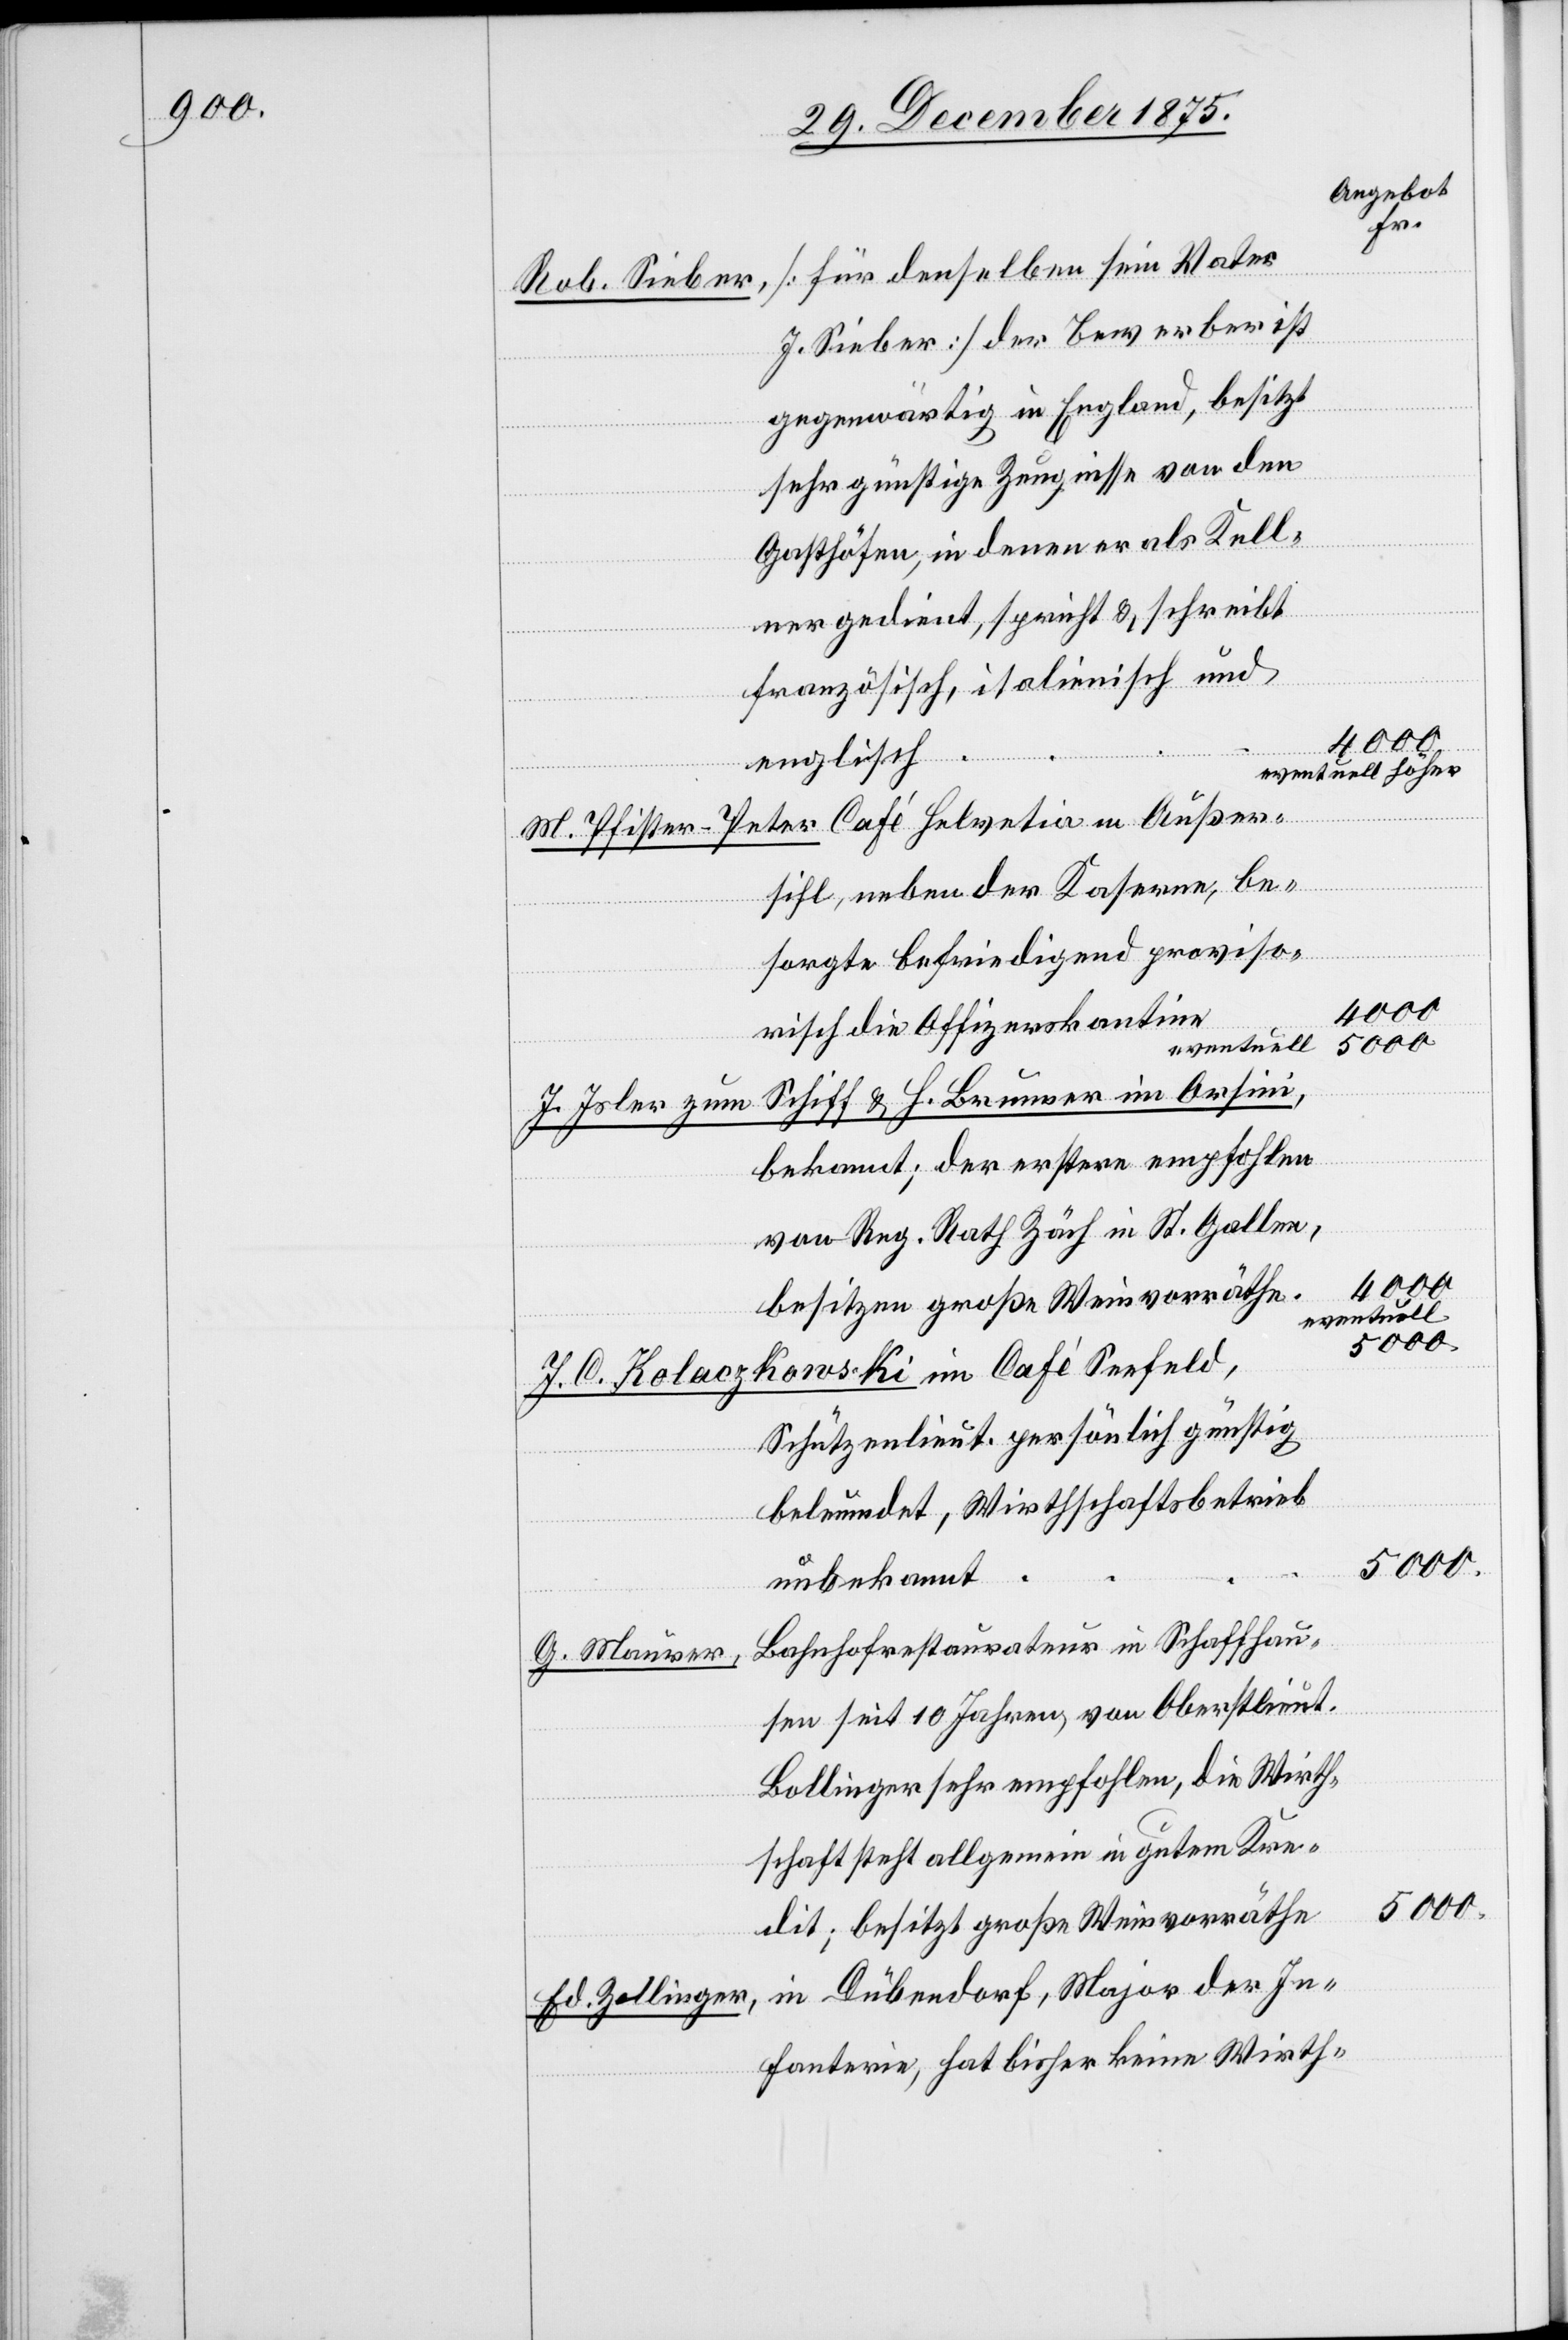
Angebot
Fr.
Helvetia
[für denselben sein Vater
Rob. Sieber
J. Sieber] der Bewerber ist
gegenwärtig in England, besitzt
sehr günstige Zeugnisse von den
Gasthöfen, in denen er als Kell¬
ner gedient, spricht & schreibt
französisch, italienisch und
englisch
eventuell höher.
M. Pfister-P¬
kowski
sihl, neben der Kaserne, be¬
sorgte Befriedigend [sic!] proviso¬
4000.
risch die Offizierskantine
5000.
J. Isler zum Schiff & H. Brunner im Orsini,
bekannt; der erstere empfohlen
von Reg. Rath Zäch in St. Gallen,
besitzen große Weinvorräthe.
eventuell
5000.
J. C. Kolacz¬
Schützenlieut. persönlich günstig
beleumdet, Wirtschaftsbetrieb
unbekannt
Bahnhofrestaurateur in Schaffhau¬
G. Maurer,
sen seit 10 Jahren, von Oberstlieut
Bollinger sehr empfohlen, die Wirth¬
schaft steht allgemein in gutem Kre¬
dit; besitzt große Weinvorräthe.
in Dübendorf, Major der In¬
Ed. Zollinger,
fanterie, hat bisher keine Wirth-

im